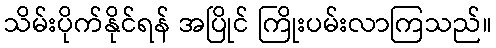
သိမ်းပိုက်နိုင်ရန် အပြိုင် ကြိုးပမ်းလာကြသည်။